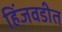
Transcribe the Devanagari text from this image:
हिंजवडीत